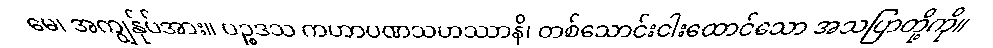
မေ၊ အကျွန်ုပ်အား။ ပဉ္စဒသ ကဟာပဏသဟဿာနိ၊ တစ်သောင်းငါးထောင်သော အသပြာတို့ကို။